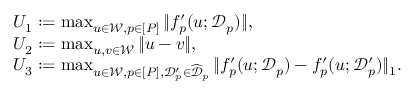
\begin{array} { r l } & { \textstyle U _ { 1 } : = \operatorname* { m a x } _ { u \in \mathcal { W } , p \in [ P ] } \| f _ { p } ^ { \prime } ( u ; \mathcal { D } _ { p } ) \| , } \\ & { \textstyle U _ { 2 } : = \operatorname* { m a x } _ { u , v \in \mathcal { W } } \| u - v \| , } \\ & { \textstyle U _ { 3 } : = \operatorname* { m a x } _ { u \in \mathcal { W } , p \in [ P ] , \mathcal { D } _ { p } ^ { \prime } \in \widehat { \mathcal { D } } _ { p } } \| f _ { p } ^ { \prime } ( u ; \mathcal { D } _ { p } ) - f _ { p } ^ { \prime } ( u ; \mathcal { D } _ { p } ^ { \prime } ) \| _ { 1 } . } \end{array}